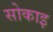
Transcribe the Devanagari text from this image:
सोकाइ